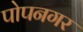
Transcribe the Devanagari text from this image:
पोपनगर